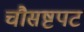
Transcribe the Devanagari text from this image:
चौसष्टपट